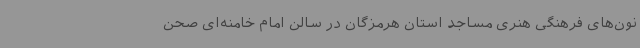
نون‌های فرهنگی هنری مساجد استان هرمزگان در سالن امام خامنه‌ای صحن